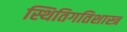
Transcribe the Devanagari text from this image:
स्थितिगतिशास्त्र